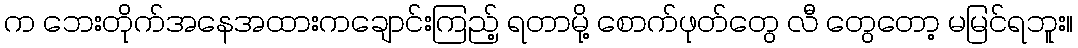
က ဘေးတိုက်အနေအထားကချောင်းကြည့် ရတာမို့ စောက်ဖုတ်တွေ လီ တွေတော့ မမြင်ရဘူး။